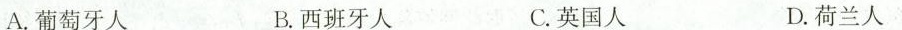
A.葡萄牙人 B.西班牙人 C.英国人 D.荷兰人